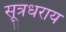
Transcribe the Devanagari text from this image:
सूत्रधराय